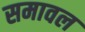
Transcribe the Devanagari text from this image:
समावल